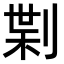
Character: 𠝝